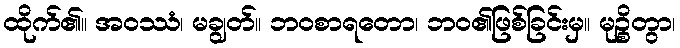
ထိုက်၏။ အဝဿံ၊ မချွတ်။ ဘဝစာရတော၊ ဘဝ၏ဖြစ်ခြင်းမှ။ မုဉ္စိတွာ၊